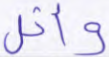
وأثل